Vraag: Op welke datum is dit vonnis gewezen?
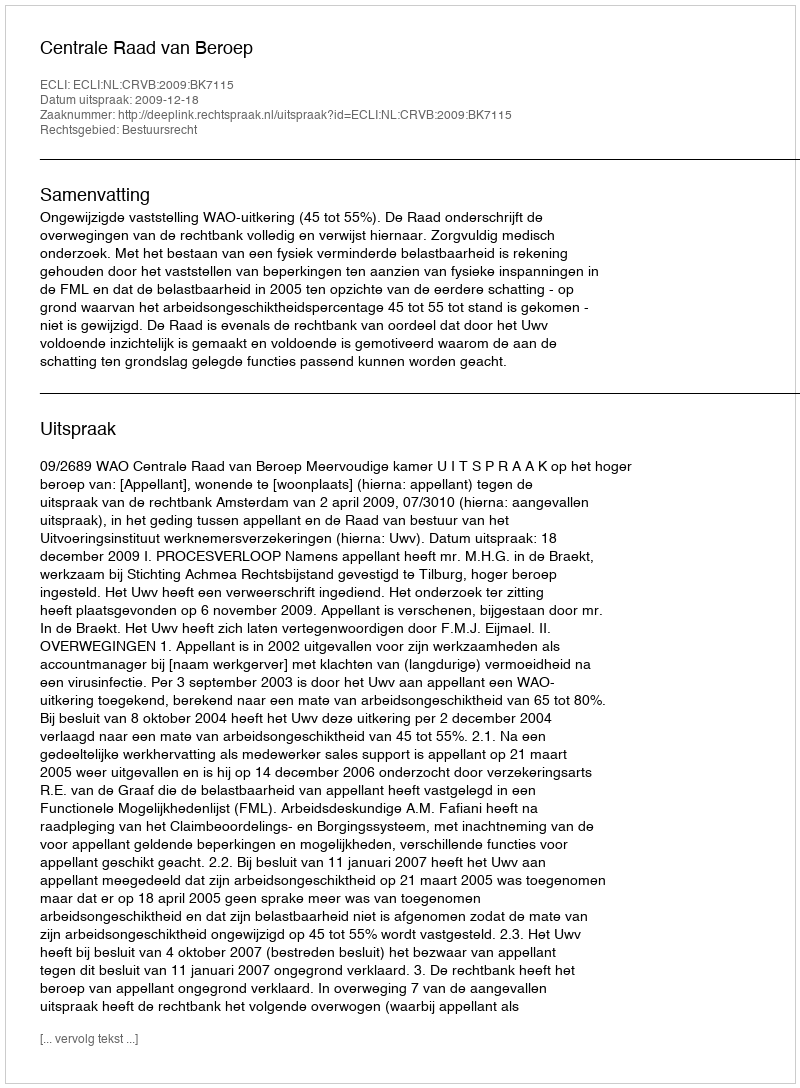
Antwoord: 2009-12-18